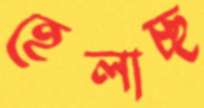
হেলাচ্ছ